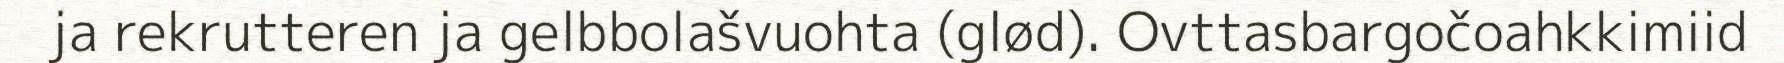
ja rekrutteren ja gelbbolašvuohta (glød). Ovttasbargočoahkkimiid